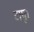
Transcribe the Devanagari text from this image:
टापू।